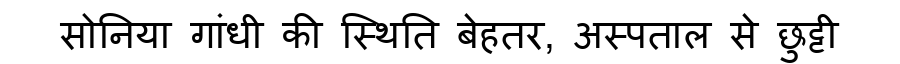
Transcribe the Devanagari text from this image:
सोनिया गांधी की स्थिति बेहतर, अस्पताल से छुट्टी